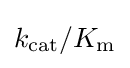
k_{\mathrm {cat} }/K_{\mathrm {m} }